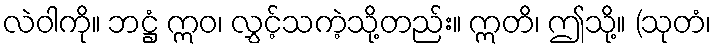
လဲဝါကို။ ဘဋ္ဌံ ဣဝ၊ လွှင့်သကဲ့သို့တည်း။ ဣတိ၊ ဤသို့။ (သုတံ၊